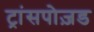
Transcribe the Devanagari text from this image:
ट्रांसपोज़ड